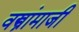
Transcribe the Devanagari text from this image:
वस्त्रांमाजी